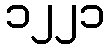
၁၂၂၁